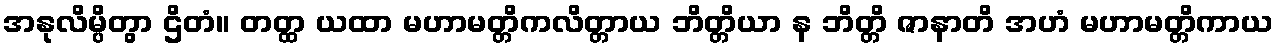
အနုလိမ္ပိတွာ ဌိတံ။ တတ္ထ ယထာ မဟာမတ္တိကလိတ္တာယ ဘိတ္တိယာ န ဘိတ္တိ ဇာနာတိ အဟံ မဟာမတ္တိကာယ